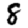
Digit: 8